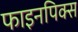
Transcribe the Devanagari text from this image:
फाइनपिक्स